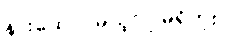
နားထောင်မယ့်လူ မရှိဘူး။